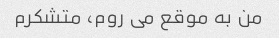
من به موقع می روم، متشکرم